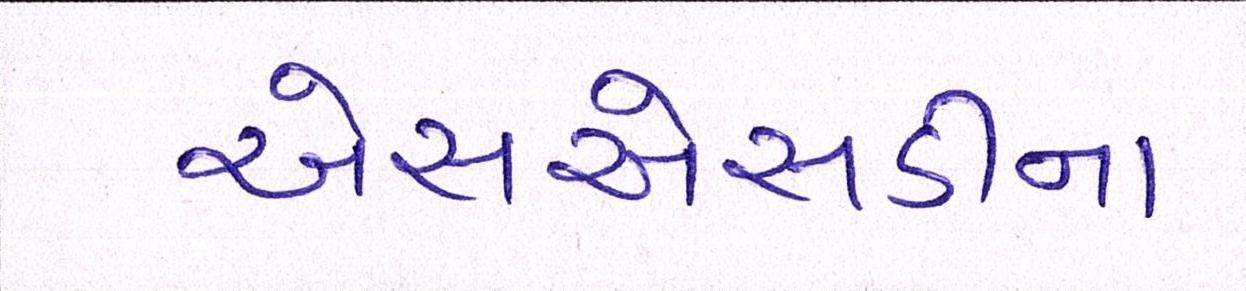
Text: એસએસડીના